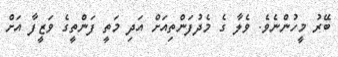
ބޭރު މީހުންނެވެ. ވެލާ ގެ މެދުފަންތިއަށް އަދި މަތީ ފަންތީގެ ވަޒީފާ އަށް